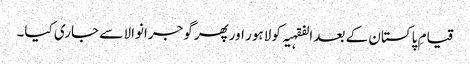
قیامِ پاکستان کے بعد الفقہیہ کو لاہور اورپھر گوجرانوالا سے جاری کیا۔